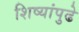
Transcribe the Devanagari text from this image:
शिष्यांपुढे